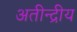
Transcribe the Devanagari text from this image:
अतीन्‍द्रीय